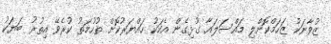
ޒުވާނަކު ޒަހަމްކޮށްލި މައްސަލައާ ގުޅިގެން އެކަކު ހައްޔަރުކޮށް ތުހުމަތު ކުރެވޭ އިތުރު ބަޔަކު